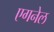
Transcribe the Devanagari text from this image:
एगनेल